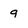
Character: 9